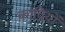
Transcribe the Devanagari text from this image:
कादियों